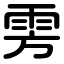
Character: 雱